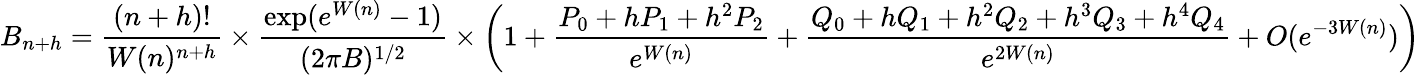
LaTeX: B_{n+h}={\frac{(n+h)!}{W(n)^{n+h}}}\times{\frac{\exp(e^{W(n)}-1)}{(2\pi B)^{1/2}}}\times\left(1+{\frac{P_{0}+hP_{1}+h^{2}P_{2}}{e^{W(n)}}}+{\frac{Q_{0}+hQ_{1}+h^{2}Q_{2}+h^{3}Q_{3}+h^{4}Q_{4}}{e^{2W(n)}}}+O(e^{-3W(n)})\right)